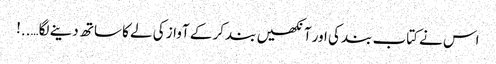
اس نے کتاب بند کی اور آنکھیں بند کر کے آواز کی لے کا ساتھ دینے لگا…..!